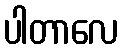
ပါတာလေ